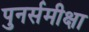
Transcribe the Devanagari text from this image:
पुनर्समीक्षा